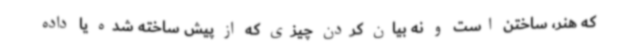
که هنر، ساختن است و نه بیان کردن چیزی که از پیش ساخته شده یا داده